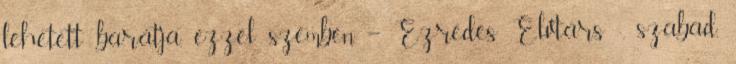
lehe­tett barátja, ezzel szemben – Ezredes Elvtárs -, szabad,